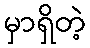
မှာရှိတဲ့